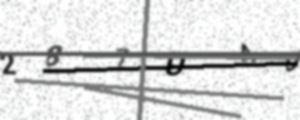
Text: 287UAO